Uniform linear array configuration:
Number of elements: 32
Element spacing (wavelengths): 0.25
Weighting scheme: hann
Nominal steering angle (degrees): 0
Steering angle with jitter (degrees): -0.1888
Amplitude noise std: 0.05
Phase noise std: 0.05

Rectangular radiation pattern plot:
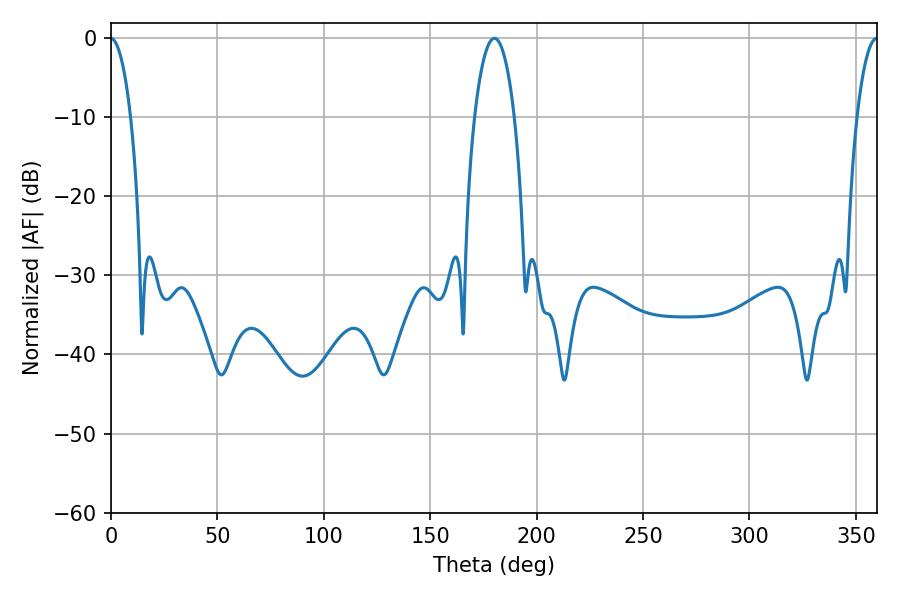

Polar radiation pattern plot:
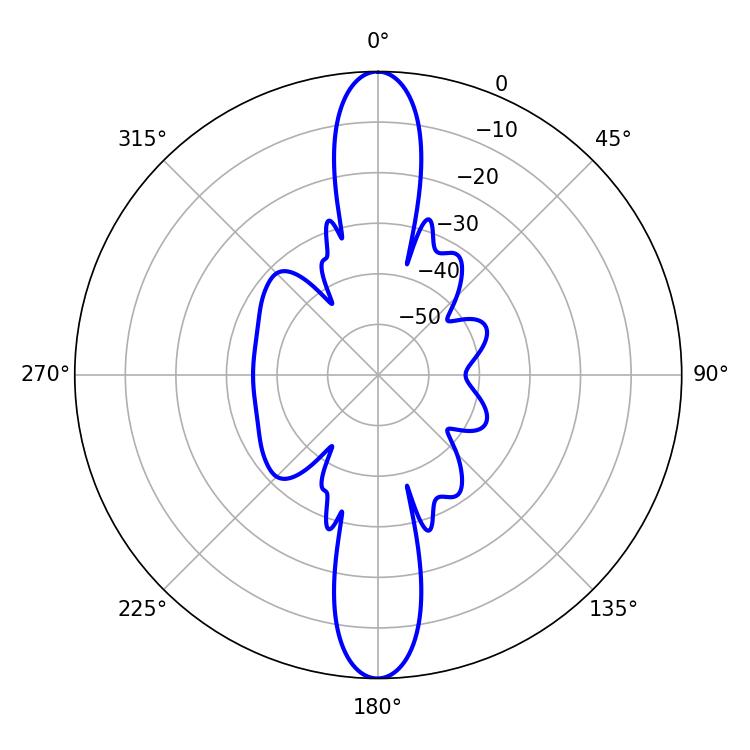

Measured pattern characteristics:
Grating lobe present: FALSE
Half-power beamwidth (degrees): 10.44
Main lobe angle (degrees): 180.18